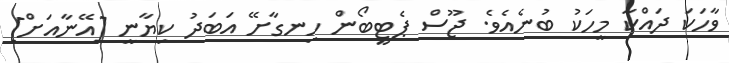
ވާހަކަ ދައްކާ މީހަކު ބުނެއެވެ. ޖޫސް ޕެޓީބޯން ހިނގާށޭ އަބަދު ކިޔާނީ [އޭނާއަށް]